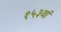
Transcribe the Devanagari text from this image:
१५३वां